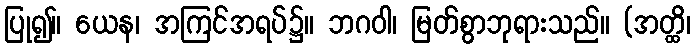
ပြု၍။ ယေန၊ အကြင်အရပ်၌။ ဘဂဝါ၊ မြတ်စွာဘုရားသည်။ (အတ္ထိ၊